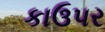
કાઉપર